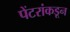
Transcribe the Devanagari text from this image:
पेंटरांकडून